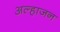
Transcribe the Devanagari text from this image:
अल्हाजन